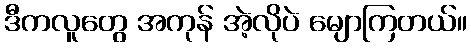
ဒီကလူတွေ အကုန် အဲ့လိုပဲ မျောကြတယ်။